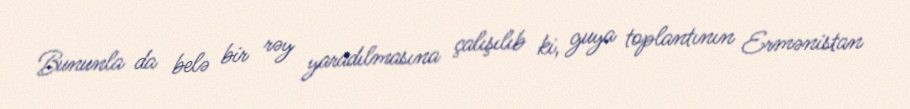
Bununla da belə bir rəy yaradılmasına çalışılıb ki, guya toplantının Ermənistan